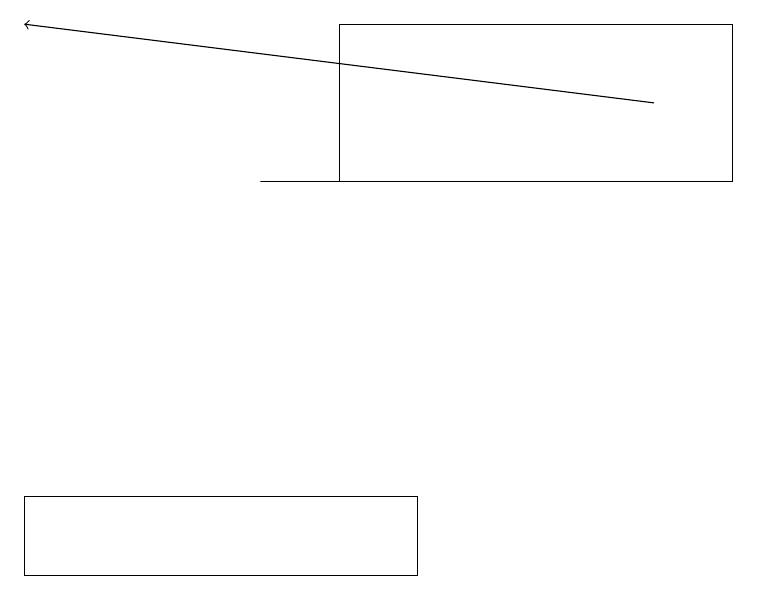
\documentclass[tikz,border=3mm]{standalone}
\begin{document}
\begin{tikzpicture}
\draw (0,13) rectangle (5,12);
\draw (4,19) rectangle (9,17);
\draw[->] (8,18) -- (0,19);
\draw (3,17) rectangle (8,17);
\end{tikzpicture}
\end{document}